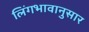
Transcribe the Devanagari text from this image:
लिंगभावानुसार